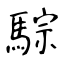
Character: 騌